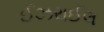
ઈઝરાઈલ